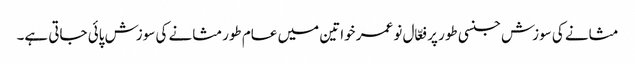
مثانے کی سوزش جنسی طور پر فعّال نو عمر خواتین میں عام طورمثانے کی سوزش پائی جاتی ہے۔